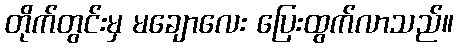
တိုက်တွင်းမှ မချောလေး ပြေးထွက်လာသည်။